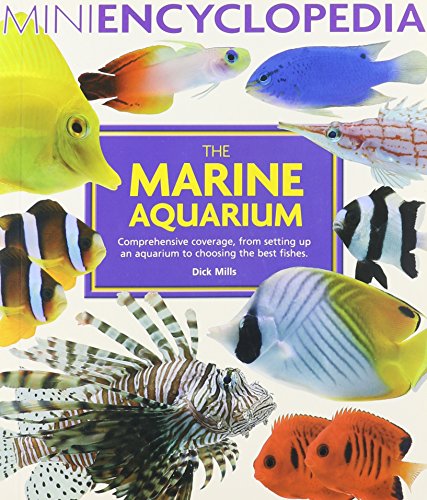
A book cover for The Marine Aquarium (Mini Encyclopedia Series); Dick Mills; Crafts, Hobbies & Home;